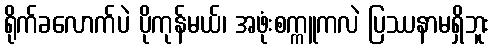
ရိုက်ခလောက်ပဲ ပိုကုန်မယ်၊ အဖုံးစက္ကူကလဲ ပြဿနာမရှိဘူး